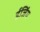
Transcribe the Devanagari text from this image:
ईजिंग